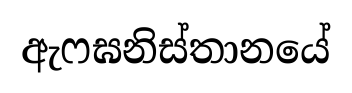
ඇෆඝනිස්තානයේ